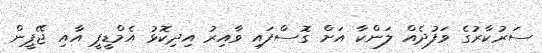
ސަރުކާރުގެ ވަފުދެއް ލަންކާ އަށް ގޮސްފައި ވާއިރު އިދިކޮޅު އެމްޑީޕީ އާއި ޖޭޕީން